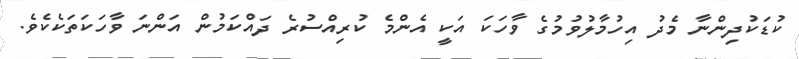
ކުޑަކުދިންނާ މެދު އިހުމާލުވުމުގެ ވާހަކަ އަކީ އެންމެ ކުރިއްސުރެ ދައްކަމުން އަންނަ ވާހަކަތަކެކެވެ.